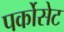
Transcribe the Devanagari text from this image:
पर्कोसेट